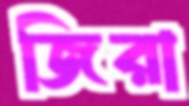
জিরা